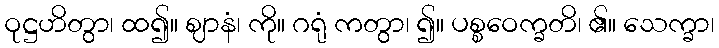
ဝုဋ္ဌဟိတွာ၊ ထ၍။ ဈာနံ၊ ကို။ ဂရုံ ကတွာ၊ ၍။ ပစ္စဝေက္ခတိ၊ ၏။ သေက္ခာ၊